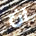
ان